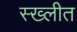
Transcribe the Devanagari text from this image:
स्ख्लीत